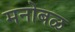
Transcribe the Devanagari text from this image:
मनोबळ